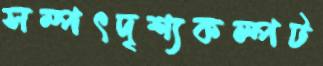
সম্পৎদৃশ্যকল্পট